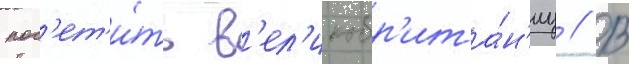
пос'ет'и́ть в'ел'икобр'ита́н'иу // В